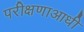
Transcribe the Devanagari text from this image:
परीक्षणाआधी